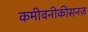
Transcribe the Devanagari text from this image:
कमीवनीकीस़नज़